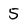
Character: 5